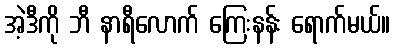
အဲ့ဒီကို ဘီ နာရီလောက် ကြေးနန်း ရောက်မယ်။